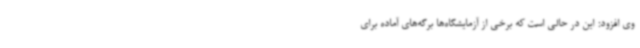
وی افزود: این در حالی است که برخی از آزمایشگاه‌ها برگه‌های آماده برای